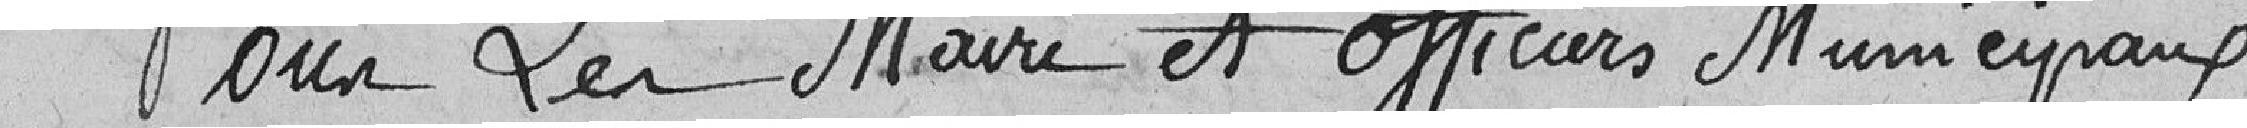
Nous le Maire et officiers municipaux